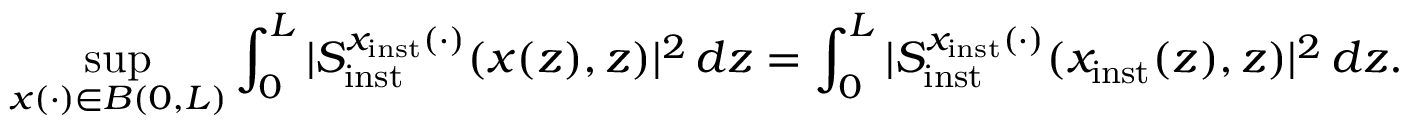
\operatorname* { s u p } _ { x ( \cdot ) \in B ( 0 , L ) } \int _ { 0 } ^ { L } \vert S _ { \mathrm { i n s t } } ^ { x _ { \mathrm { i n s t } } ( \cdot ) } ( x ( z ) , z ) \vert ^ { 2 } \, d z = \int _ { 0 } ^ { L } \vert S _ { \mathrm { i n s t } } ^ { x _ { \mathrm { i n s t } } ( \cdot ) } ( x _ { \mathrm { i n s t } } ( z ) , z ) \vert ^ { 2 } \, d z .